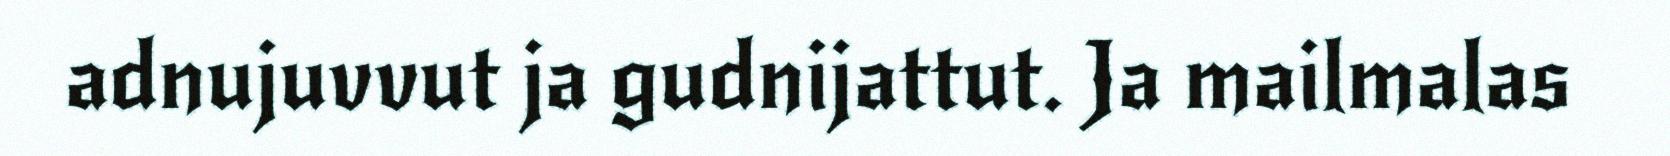
adnujuvvut ja gudnijattut. Ja mailmalas